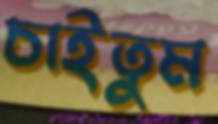
চাইতুম